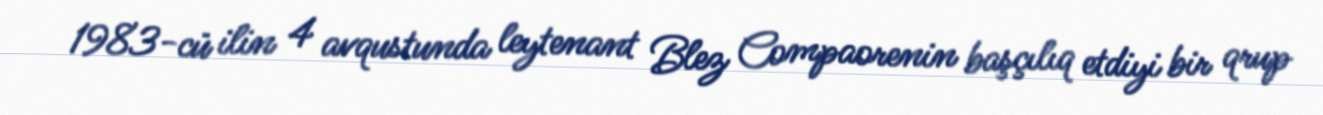
1983-cü ilin 4 avqustunda leytenant Blez Compaorenin başçılıq etdiyi bir qrup